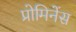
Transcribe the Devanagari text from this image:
प्रोमिनेंस